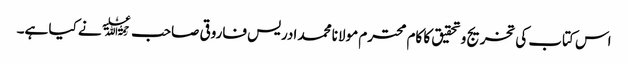
اس کتاب کی تخریج وتحقیق کا کام محترم مولانا محمد ادریس فاروقی صاحب ﷫نے کیا ہے۔